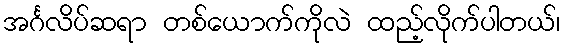
အင်္ဂလိပ်ဆရာ တစ်ယောက်ကိုလဲ ထည့်လိုက်ပါတယ်၊